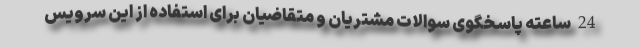
24 ساعته پاسخگوی سوالات مشتریان و متقاضیان برای استفاده از این سرویس